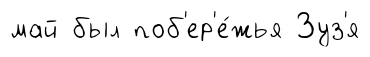
май был поб'ер'е́жья Зуз'я